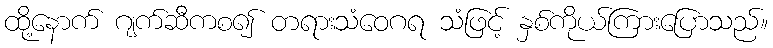
ထို့နောက် ဂျက်ဆီကစ၍ တရားသံဝေဂရ သံဖြင့် နှစ်ကိုယ်ကြားပြောသည်။